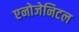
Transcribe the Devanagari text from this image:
एनोजेनिटल